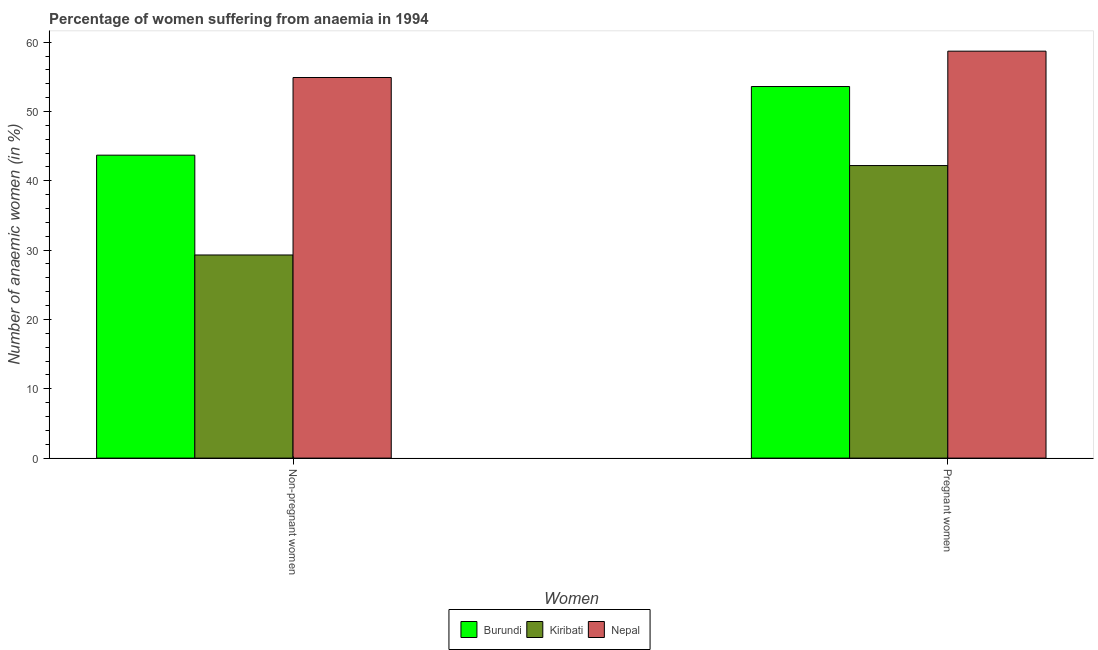
| Women | Burundi | Kiribati | Nepal |
 | --- | --- | --- | --- |
 | Non-pregnant women | 43.7 | 29.3 | 54.9 |
 | Pregnant women | 53.6 | 42.2 | 58.7 |